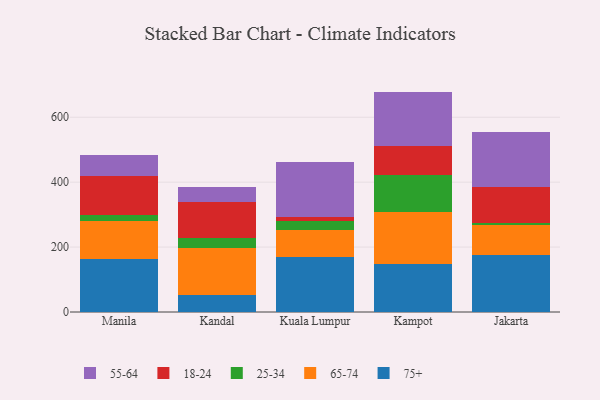
{"axis": {"x": "City", "y": "Budget (USD K)"}, "legend": ["18-24", "25-34", "55-64", "65-74", "75+"], "data": [{"x": "Manila", "y": 162.0, "type": "75+"}, {"x": "Manila", "y": 118.5, "type": "65-74"}, {"x": "Manila", "y": 17.4, "type": "25-34"}, {"x": "Manila", "y": 119.7, "type": "18-24"}, {"x": "Manila", "y": 64.7, "type": "55-64"}, {"x": "Kandal", "y": 51.2, "type": "75+"}, {"x": "Kandal", "y": 147.1, "type": "65-74"}, {"x": "Kandal", "y": 28.8, "type": "25-34"}, {"x": "Kandal", "y": 112.0, "type": "18-24"}, {"x": "Kandal", "y": 45.3, "type": "55-64"}, {"x": "Kuala Lumpur", "y": 169.5, "type": "75+"}, {"x": "Kuala Lumpur", "y": 81.8, "type": "65-74"}, {"x": "Kuala Lumpur", "y": 29.3, "type": "25-34"}, {"x": "Kuala Lumpur", "y": 12.4, "type": "18-24"}, {"x": "Kuala Lumpur", "y": 169.3, "type": "55-64"}, {"x": "Kampot", "y": 147.5, "type": "75+"}, {"x": "Kampot", "y": 161.6, "type": "65-74"}, {"x": "Kampot", "y": 111.5, "type": "25-34"}, {"x": "Kampot", "y": 89.3, "type": "18-24"}, {"x": "Kampot", "y": 169.1, "type": "55-64"}, {"x": "Jakarta", "y": 176.8, "type": "75+"}, {"x": "Jakarta", "y": 91.4, "type": "65-74"}, {"x": "Jakarta", "y": 7.1, "type": "25-34"}, {"x": "Jakarta", "y": 109.8, "type": "18-24"}, {"x": "Jakarta", "y": 170.0, "type": "55-64"}]}